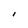
Character: I